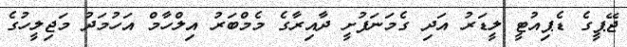
ޖޭޕީގެ ޑެޕިއުޓީ ލީޑަރު އަދި ގެމަނަފުށީ ދާއިރާގެ މެމްބަރު އިލްހާމް އަހުމަދު މަޖިލީހުގެ